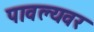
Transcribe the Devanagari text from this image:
पावल्यवर